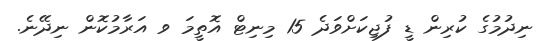
ނިދުމުގެ ކުރިން ޑީ ފުޖިކަށްވަދެ 15 މިނިޓް އޮތީމަ ވ އަރާމުކޮން ނިދޭނެ.